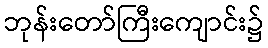
ဘုန်းတော်ကြီးကျောင်း၌